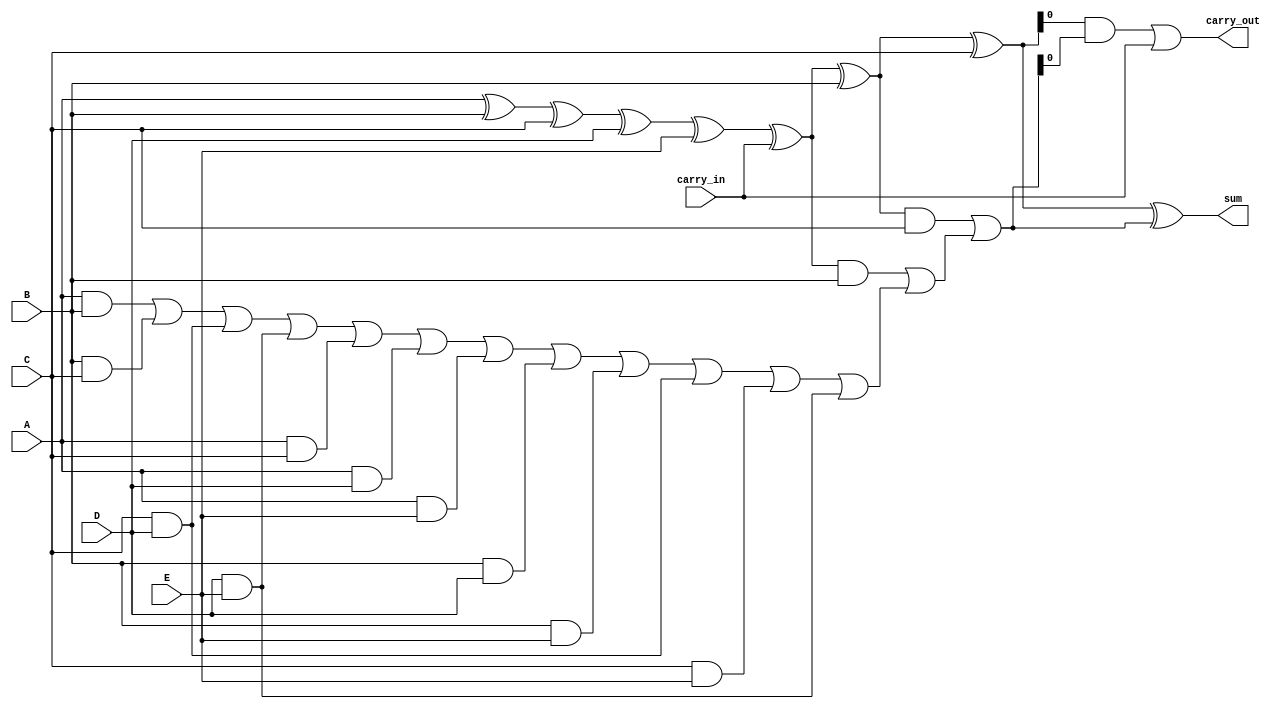
module ModifiedCarrySaveAdder #(parameter WIDTH = 4, parameter NUM_INPUTS = 3) (
    input  [WIDTH-1:0] A, 
    input  [WIDTH-1:0] B, 
    input  [WIDTH-1:0] C, 
    input  [WIDTH-1:0] D, // Additional inputs can be added as needed
    input  [WIDTH-1:0] E,
    input  carry_in,
    output [WIDTH-1:0] sum,
    output carry_out
);

    // Intermediate wires for partial sums and carries
    wire [WIDTH-1:0] partial_sum[0:NUM_INPUTS-1];
    wire [WIDTH-1:0] partial_carry[0:NUM_INPUTS-1];

    // Generate partial sums and carries using full adders
    generate
        genvar i;
        for (i = 0; i < NUM_INPUTS; i = i + 1) begin : adder_gen
            if (i == 0) begin
                assign partial_sum[i] = A ^ B ^ C ^ D ^ E ^ carry_in; // Initial sum
                assign partial_carry[i] = (A & B) | (B & C) | (C & D) | (D & E) | (A & C) | (A & D) | (A & E) | (B & D) | (B & E) | (C & D) | (C & E) | (D & E); // Initial carry
            end else begin
                assign partial_sum[i] = partial_sum[i-1] ^ (i == 1 ? B : (i == 2 ? C : (i == 3 ? D : E)));
                assign partial_carry[i] = (partial_sum[i-1] & (i == 1 ? B : (i == 2 ? C : (i == 3 ? D : E)))) | partial_carry[i-1];
            end
        end
    endgenerate

    // Final sum and carry-out calculation
    wire [WIDTH-1:0] final_sum;
    wire final_carry;

    assign final_sum = partial_sum[NUM_INPUTS-1] ^ partial_carry[NUM_INPUTS-1];
    assign final_carry = (partial_sum[NUM_INPUTS-1] & partial_carry[NUM_INPUTS-1]) | carry_in;

    assign sum = final_sum;
    assign carry_out = final_carry;

endmodule